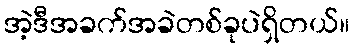
အဲ့ဒီအခက်အခဲတစ်ခုပဲရှိတယ်။